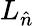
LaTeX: L_{\hat{n}}